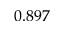
0 . 8 9 7